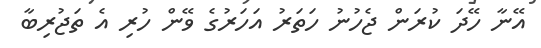
އޭނާ ހޭދަ ކުރަން ޖެހުނު ހަތަރު އަހަރުގެ ވޭން ހުރި އެ ތަޖުރިބާ